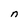
Character: n